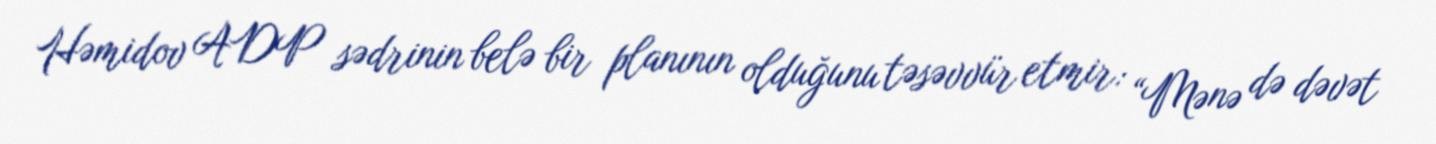
Həmidov ADP sədrinin belə bir planının olduğunu təsəvvür etmir: “Mənə də dəvət